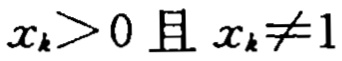
$x_{k}>0 \text{ 且 } x_{k}\neq1$